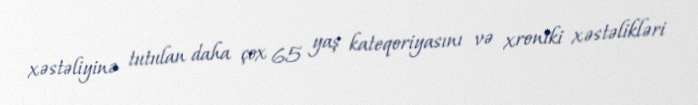
xəstəliyinə tutulan daha çox 65 yaş kateqoriyasını və xroniki xəstəlikləri